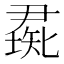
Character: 𥏰